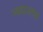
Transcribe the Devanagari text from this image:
न्ययालय